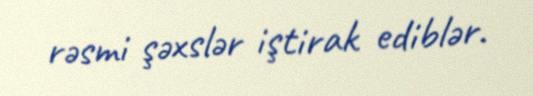
rəsmi şəxslər iştirak ediblər.